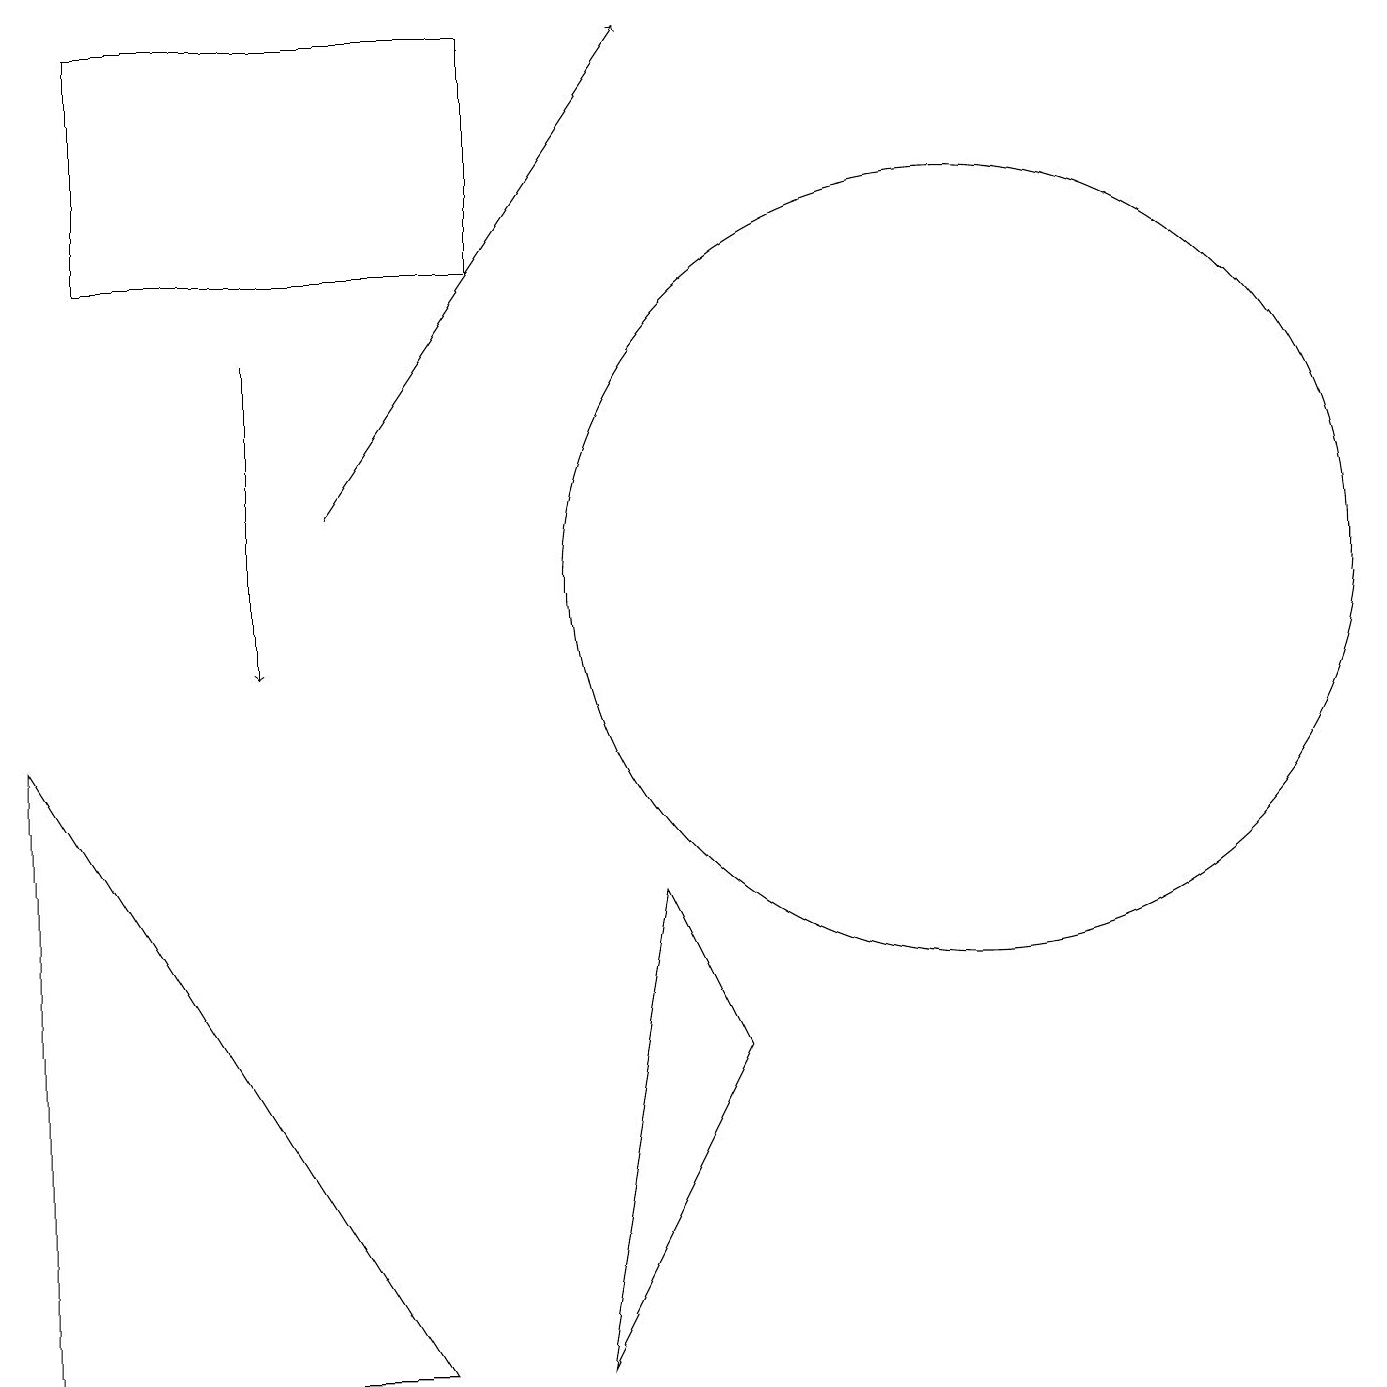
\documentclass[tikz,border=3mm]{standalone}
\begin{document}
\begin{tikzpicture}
\draw[->] (4,12) -- (8,18);
\draw (9,5) -- (7,1) -- (8,7) -- cycle;
\draw (1,18) rectangle (6,15);
\draw (12,11) circle (5);
\draw (10,12) circle (0);
\draw (0,1) -- (5,1) -- (0,9) -- cycle;
\draw[->] (3,14) -- (3,10);
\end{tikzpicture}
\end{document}